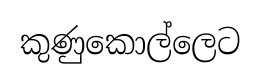
කුණුකොල්ලෙට